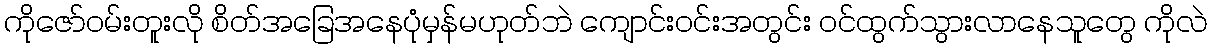
ကိုဇော်ဝမ်းတူးလို စိတ်အခြေအနေပုံမှန်မဟုတ်ဘဲ ကျောင်းဝင်းအတွင်း ဝင်ထွက်သွားလာနေသူတွေ ကိုလဲ